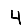
Digit: 4